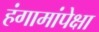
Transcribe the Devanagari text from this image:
हंगामांपेक्षा